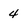
Character: 4